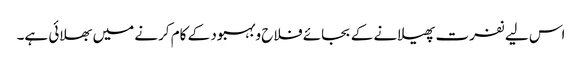
اس لیے نفرت پھیلانے کے بجائے فلاح وبہبود کے کام کرنے میں بھلائی ہے۔